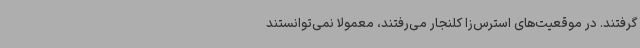
‌گرفتند. در موقعیت‌های استرس‌زا کلنجار می‌رفتند، معمولاً نمی‌توانستند